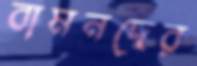
বামনদের